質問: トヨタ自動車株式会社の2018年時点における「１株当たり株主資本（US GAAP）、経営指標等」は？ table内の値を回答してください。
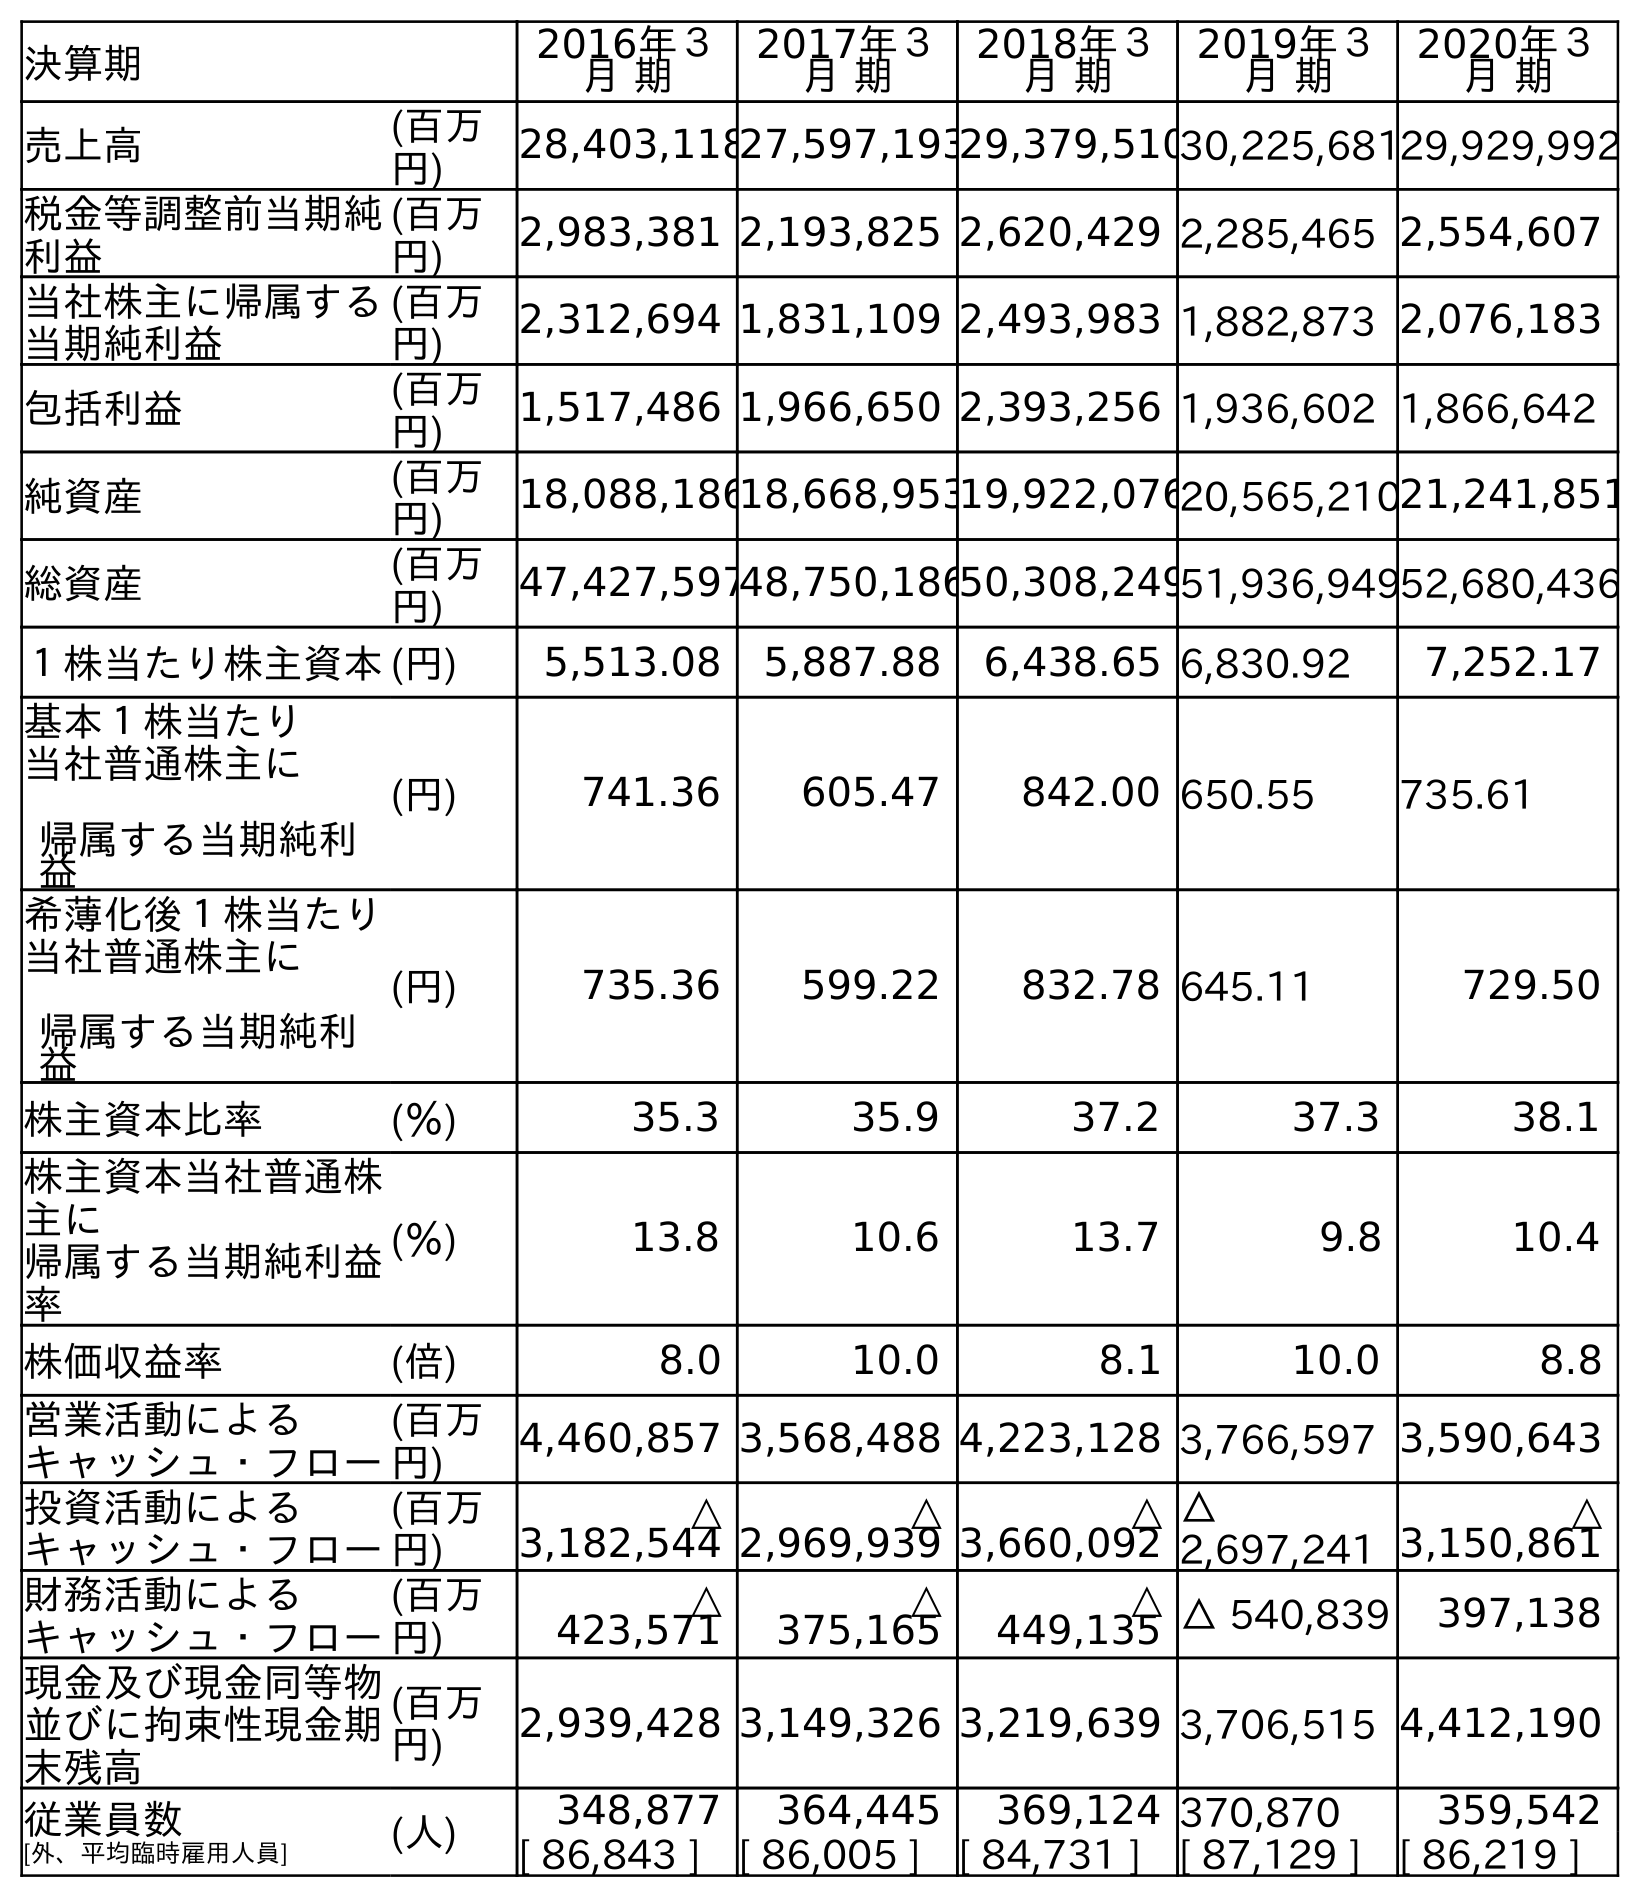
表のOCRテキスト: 決算期 2016年３ 月 期 2017年３ 月 期 2018年３ 月 期 2019年３ 月 期 2020年３ 月 期 売上高 (百万 円) 28,403,11827,597,19329,379,51030,225,68129,929,992 税金等調整前当期純 利益 (百万 円) 2,983,381 2,193,825 2,620,429 2,285,465 2,554,607 当社株主に帰属する 当期純利益 (百万 円) 2,312,694 1,831,109 2,493,983 1,882,873 2,076,183 包括利益 (百万 円) 1,517,486 1,966,650 2,393,256 1,936,602 1,866,642 純資産 (百万 円) 18,088,18618,668,95319,922,07620,565,21021,241,851 総資産 (百万 円) 47,427,59748,750,18650,308,24951,936,94952,680,436 １株当たり株主資本(円) 5,513.08 5,887.88 6,438.65 6,830.92 7,252.17 基本１株当たり 当社普通株主に 帰属する当期純利 益 (円) 741.36 605.47 842.00 650.55 735.61 希薄化後１株当たり 当社普通株主に 帰属する当期純利 益 (円) 735.36 599.22 832.78 645.11 729.50 株主資本比率 (％) 35.3 35.9 37.2 37.3 38.1 株主資本当社普通株 主に 帰属する当期純利益 率 (％) 13.8 10.6 13.7 9.8 10.4 株価収益率 (倍) 8.0 10.0 8.1 10.0 8.8 営業活動による キャッシュ・フロー (百万 円) 4,460,857 3,568,488 4,223,128 3,766,597 3,590,643 投資活動による キャッシュ・フロー (百万 円) △ 3,182,544 △ 2,969,939 △ 3,660,092 △ 2,697,241 △ 3,150,861 財務活動による キャッシュ・フロー (百万 円) △ 423,571 △ 375,165 △ 449,135 △ 540,839 397,138 現金及び現金同等物 並びに拘束性現金期 末残高 (百万 円) 2,939,428 3,149,326 3,219,639 3,706,515 4,412,190 従業員数 [外、平均臨時雇用人員] (人) 348,877 364,445 369,124 370,870 359,542 [ 86,843 ] [ 86,005 ] [ 84,731 ] [ 87,129 ] [ 86,219 ]
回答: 6,438.65